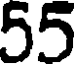
55